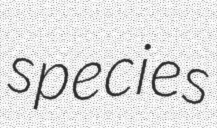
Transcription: species